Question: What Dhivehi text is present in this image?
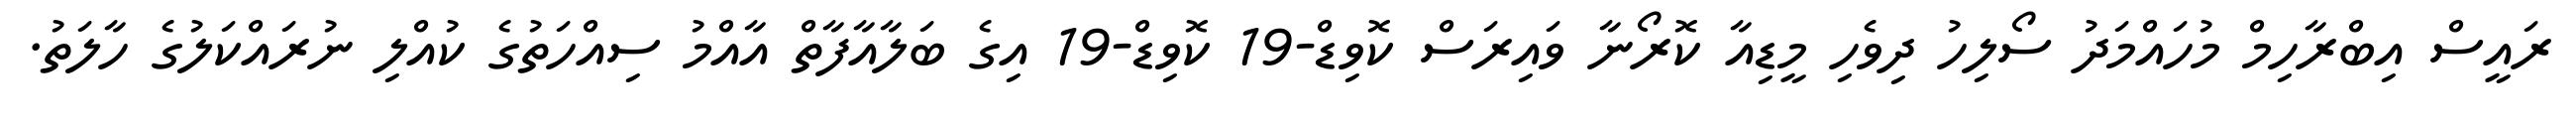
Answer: ރައީސް އިބްރާހިމް މުހައްމަދު ސޯލިހު ދިވެހި މީޑިއާ ކޮރޯނާ ވައިރަސް ކޮވިޑް-19 ކޮވިޑް-19 އިގެ ބަލާއާފާތް އާއްމު ސިއްހަތުގެ ކުއްލި ނުރައްކަލުގެ ހާލަތު.